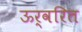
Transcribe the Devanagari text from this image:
ऊर्वरित